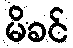
မိခင်